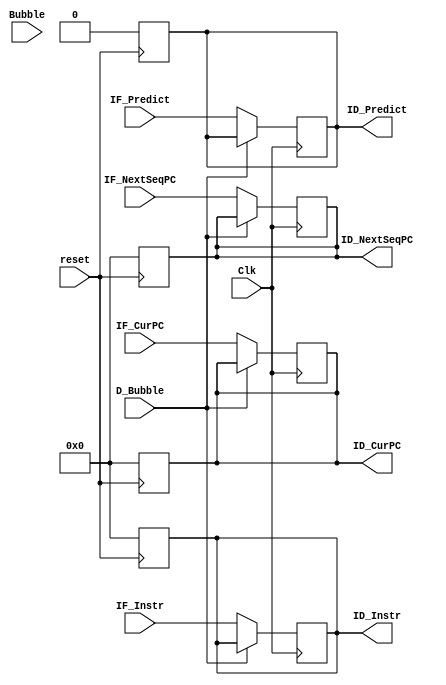
`timescale 1ns / 1ps
//////////////////////////////////////////////////////////////////////////////////
// Company: 
// Engineer: 
// 
// Design Name: 
// Module Name: IF_IDRegister
// Project Name: 
// Target Devices: 
// Tool Versions: 
// Description: 
// 
// Dependencies: 
// 
// Revision:
// Revision 0.01 - File Created
// Additional Comments:
// 
//////////////////////////////////////////////////////////////////////////////////


module IF_IDRegister(
    input [31:0] IF_CurPC,
    input [31:0] IF_NextSeqPC,
    input [31:0] IF_Instr,
    input IF_Predict,
    input Bubble,
    input D_Bubble,
    input Clk,
    input reset,
    output [31:0] ID_CurPC,
    output [31:0] ID_NextSeqPC,
    output [31:0] ID_Instr,
    output ID_Predict
    );
    
    reg [31:0] Instr;
    reg [31:0] CurPC;
    reg [31:0] NextSeqPC;
    reg Predict;
    
    always @(negedge Clk)
        begin
            if(D_Bubble == 0) begin
                Instr = IF_Instr;
                CurPC = IF_CurPC;
                NextSeqPC = IF_NextSeqPC;
                Predict = IF_Predict;
            end
        end
    
    assign ID_CurPC = CurPC;
    assign ID_NextSeqPC = NextSeqPC;
    assign ID_Instr = Instr;
    assign ID_Predict = Predict;
    
    always @(posedge reset)
        begin
            Instr = 0;
            CurPC = 0;
            NextSeqPC = 0;
            Predict = 0;
        end
    
endmodule